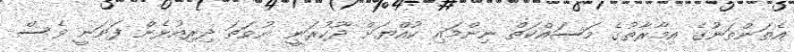
އެތަންތަނުގެ އިމާރާތުގެ މަސައްކަތް ނިންމައި ކުއްޔަށް ދޫކުރަނީ ނުވަތަ ދިރިއުޅެން ފަށަނީ ވެސް